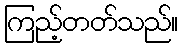
ကြည့်တတ်သည်။